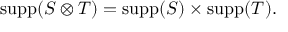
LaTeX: \operatorname { s u p p } ( S \otimes T ) = \operatorname { s u p p } ( S ) \times \operatorname { s u p p } ( T ) .